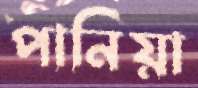
পানিয়া